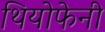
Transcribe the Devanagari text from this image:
थियोफेनी